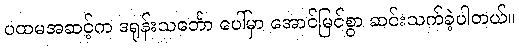
ပထမအဆင့်က ဒရုန်းသင်္ဘော ပေါ်မှာ အောင်မြင်စွာ ဆင်းသက်ခဲ့ပါတယ်။